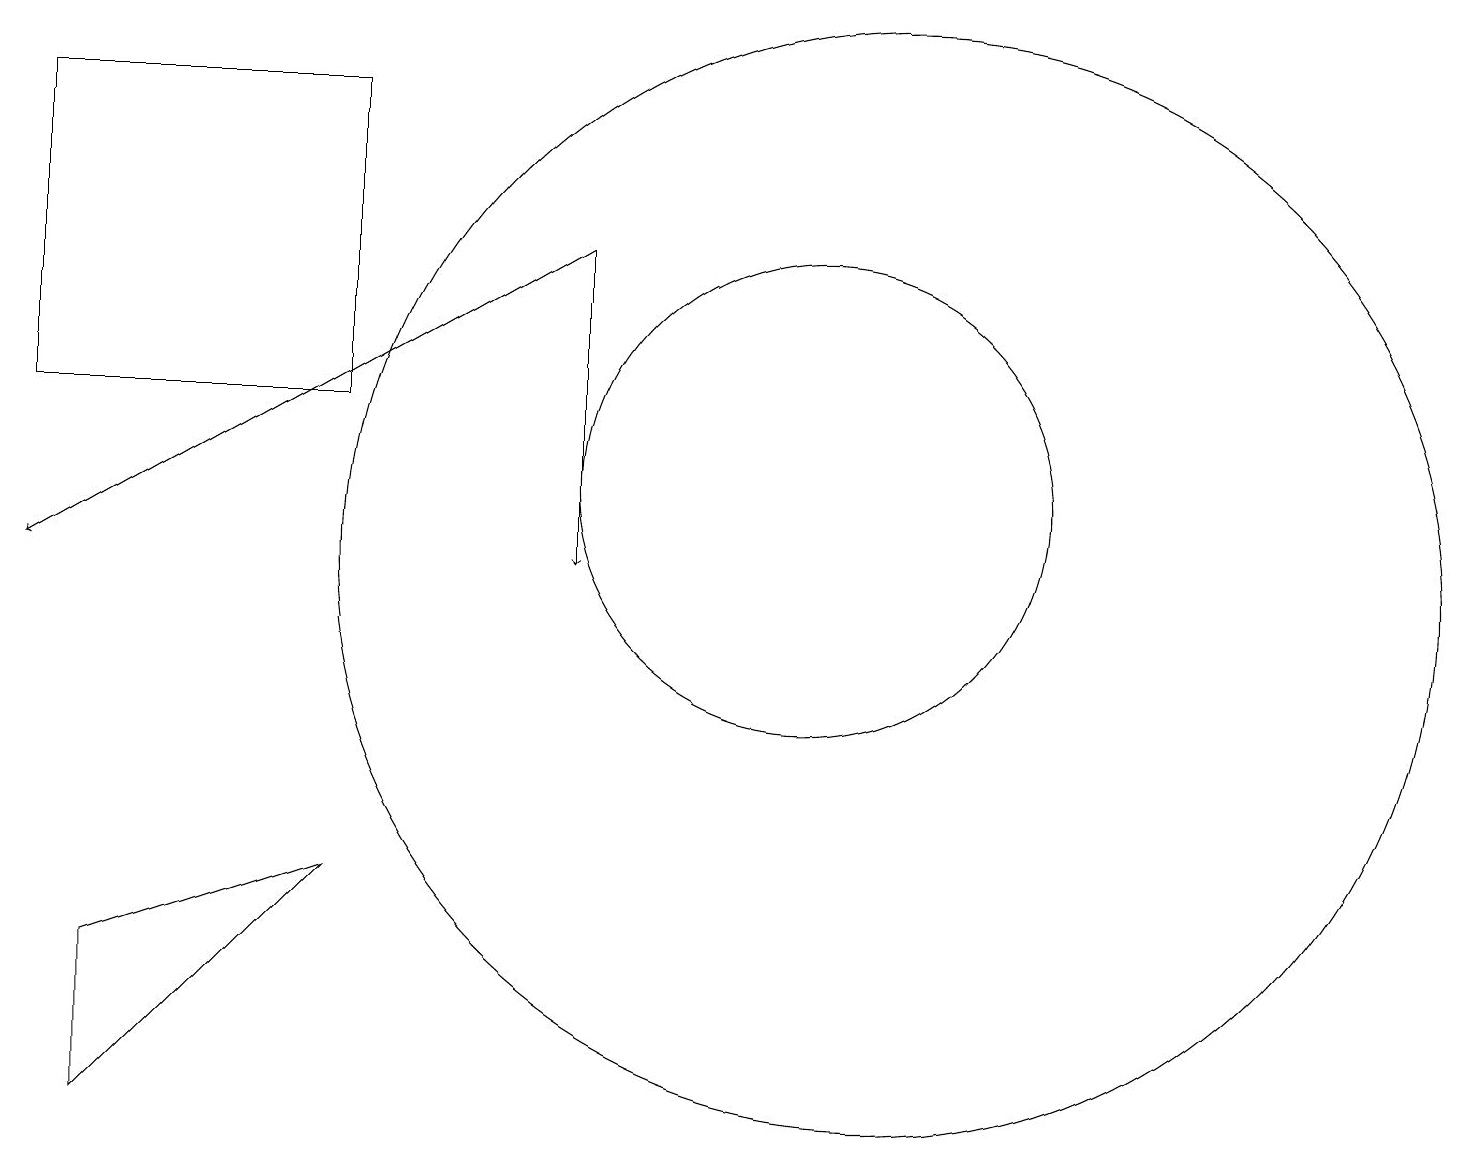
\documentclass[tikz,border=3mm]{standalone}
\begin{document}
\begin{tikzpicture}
\draw[->] (7,14) -- (7,10);
\draw (1,5) -- (1,3) -- (4,6) -- cycle;
\draw (0,16) rectangle (4,12);
\draw[->] (7,14) -- (0,10);
\draw (11,10) circle (7);
\draw (10,11) circle (3);
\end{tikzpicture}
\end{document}